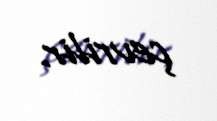
çevrilir.